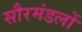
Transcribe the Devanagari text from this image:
सौरमंडलों